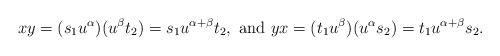
LaTeX: \begin{align*}xy=(s_1u^\alpha)(u^\beta t_2)=s_1u^{\alpha+\beta}t_2,\textrm{ and }yx=(t_1u^\beta)(u^\alpha s_2)=t_1u^{\alpha+\beta}s_2.\end{align*}